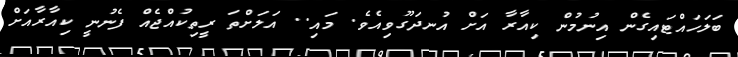
ބަލަހައްޓައިގެން އިނުމުން ކިއާރާ އަށް އުނދަގޫވިއެވެ. މައި.. އަލަށްތަ ރީތިކުއްޖެއް ފެނުނީ ކިއާރާއަށް